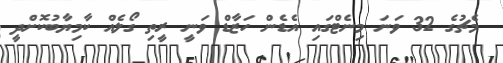
މެޗުގެ 32 ވަނަ މިނެޓްގައި އެޑެން ހަޒާޑް ވަނީ ރީތި ގޯލެއް ކާމިޔާބުކޮށްދީ